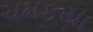
ચમકયા